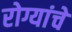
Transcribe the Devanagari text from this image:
रोग्यांचे